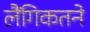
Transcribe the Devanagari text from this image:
लैंगिकतने